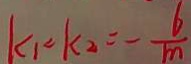
k _ { 1 } = k _ { 2 } = - \frac { 6 } { m }